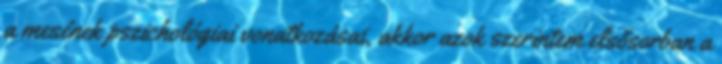
a mesének pszichológiai vonatkozásai, akkor azok szerintem elsősorban a